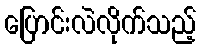
ပြောင်းလဲလိုက်သည့်